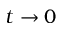
t \to 0